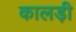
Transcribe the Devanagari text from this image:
कालड़ी